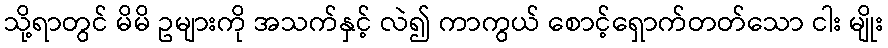
သို့ရာတွင် မိမိ ဥများကို အသက်နှင့် လဲ၍ ကာကွယ် စောင့်ရှောက်တတ်သော ငါး မျိုး